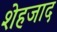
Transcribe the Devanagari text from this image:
शेहजाद